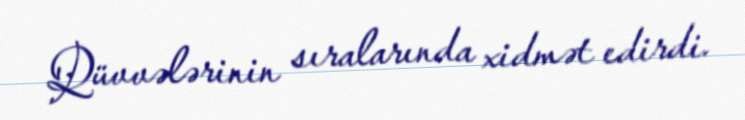
Qüvvələrinin sıralarında xidmət edirdi.